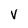
Character: V